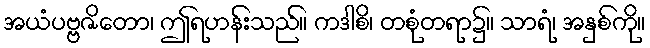
အယံပဗ္ဗဇိတော၊ ဤရဟန်းသည်။ ကဒါစိ၊ တစုံတရာ၌။ သာရံ၊ အနှစ်ကို။